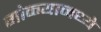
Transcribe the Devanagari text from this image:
गोळ्यामध्ये